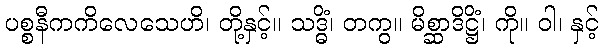
ပစ္စနီကကိလေသေဟိ၊ တို့နှင့်။ သဒ္ဓိံ၊ တကွ။ မိစ္ဆာဒိဋ္ဌိံ၊ ကို။ ဝါ၊ နှင့်